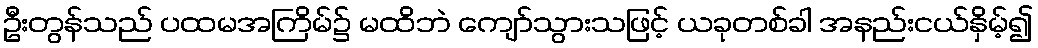
ဦးတွန်သည် ပထမအကြိမ်၌ မထိဘဲ ကျော်သွားသဖြင့် ယခုတစ်ခါ အနည်းငယ်နှိမ့်၍